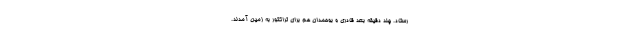
رستاد. چند دقیقه بعد قادری و بوحمدان هم برای تراکتور به زمین آمدند.